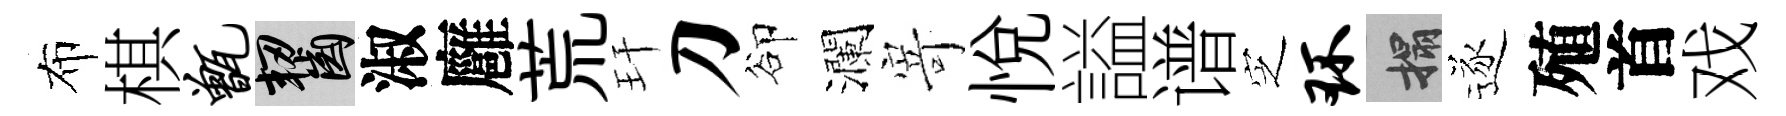
布棋甑齧淑廱荒玕刀卻瀾𭔃悦謚谱㝎环搨逐殖首戏